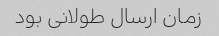
زمان ارسال طولانی بود